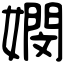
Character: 𡢄